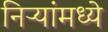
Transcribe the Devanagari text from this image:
निऱ्यांमध्ये